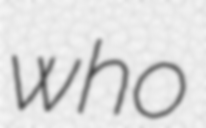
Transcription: who